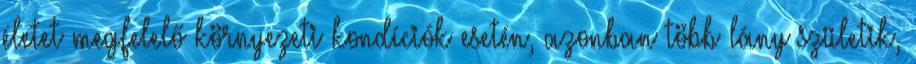
életet megfelelő környezeti kondíciók esetén, azonban több lány születik,